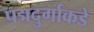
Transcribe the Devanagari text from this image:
पद्मदुर्गाकडे